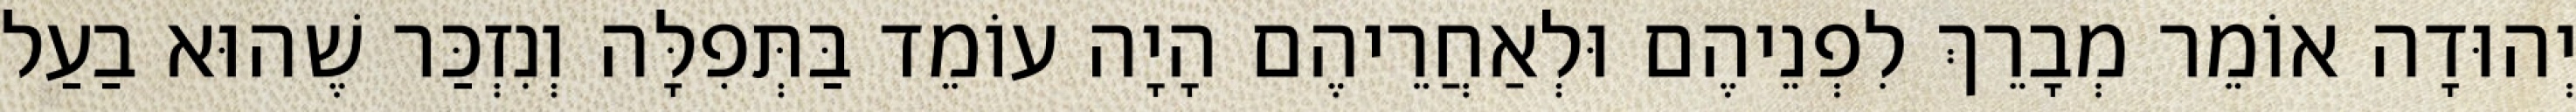
יְהוּדָה אוֹמֵר מְבָרֵךְ לִפְנֵיהֶם וּלְאַחֲרֵיהֶם הָיָה עוֹמֵד בַּתְּפִלָּה וְנִזְכַּר שֶׁהוּא בַעַל